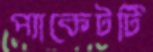
প্যাকেটটি